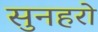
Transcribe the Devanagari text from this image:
सुनहरो